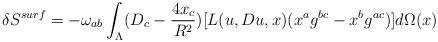
LaTeX: \begin{align*}\delta S^{surf}=-\omega_{ab} \int_{\Lambda}(D_c-\frac{4x_c}{R^2})[L(u,Du,x)(x^ag^{bc}-x^bg^{ac})]d\Omega(x)\end{align*}